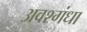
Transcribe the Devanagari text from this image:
अवश्गंधा